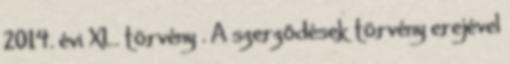
2014. évi XL. törvény . A szerződések törvény erejével